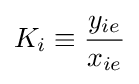
K_{i}\equiv {\frac {y_{ie}}{x_{ie}}}